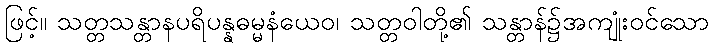
ဖြင့်။ သတ္တသန္တာနပရိပန္နဓမ္မနံယေဝ၊ သတ္တဝါတို့၏ သန္တာန်၌အကျုံးဝင်သော